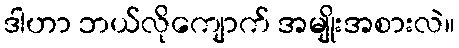
ဒါဟာ ဘယ်လိုကျောက် အမျိုးအစားလဲ။